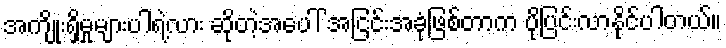
အကျိုးရှိမှုများပါရဲ့လား ဆိုတဲ့အပေါ် အငြင်းအခုံဖြစ်တာက ပိုပြင်းလာနိုင်ပါတယ်။